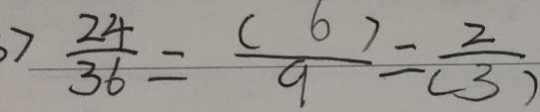
> \frac { 2 4 } { 3 6 } = \frac { ( 6 ) } { 9 } = \frac { 2 } { ( 3 ) }